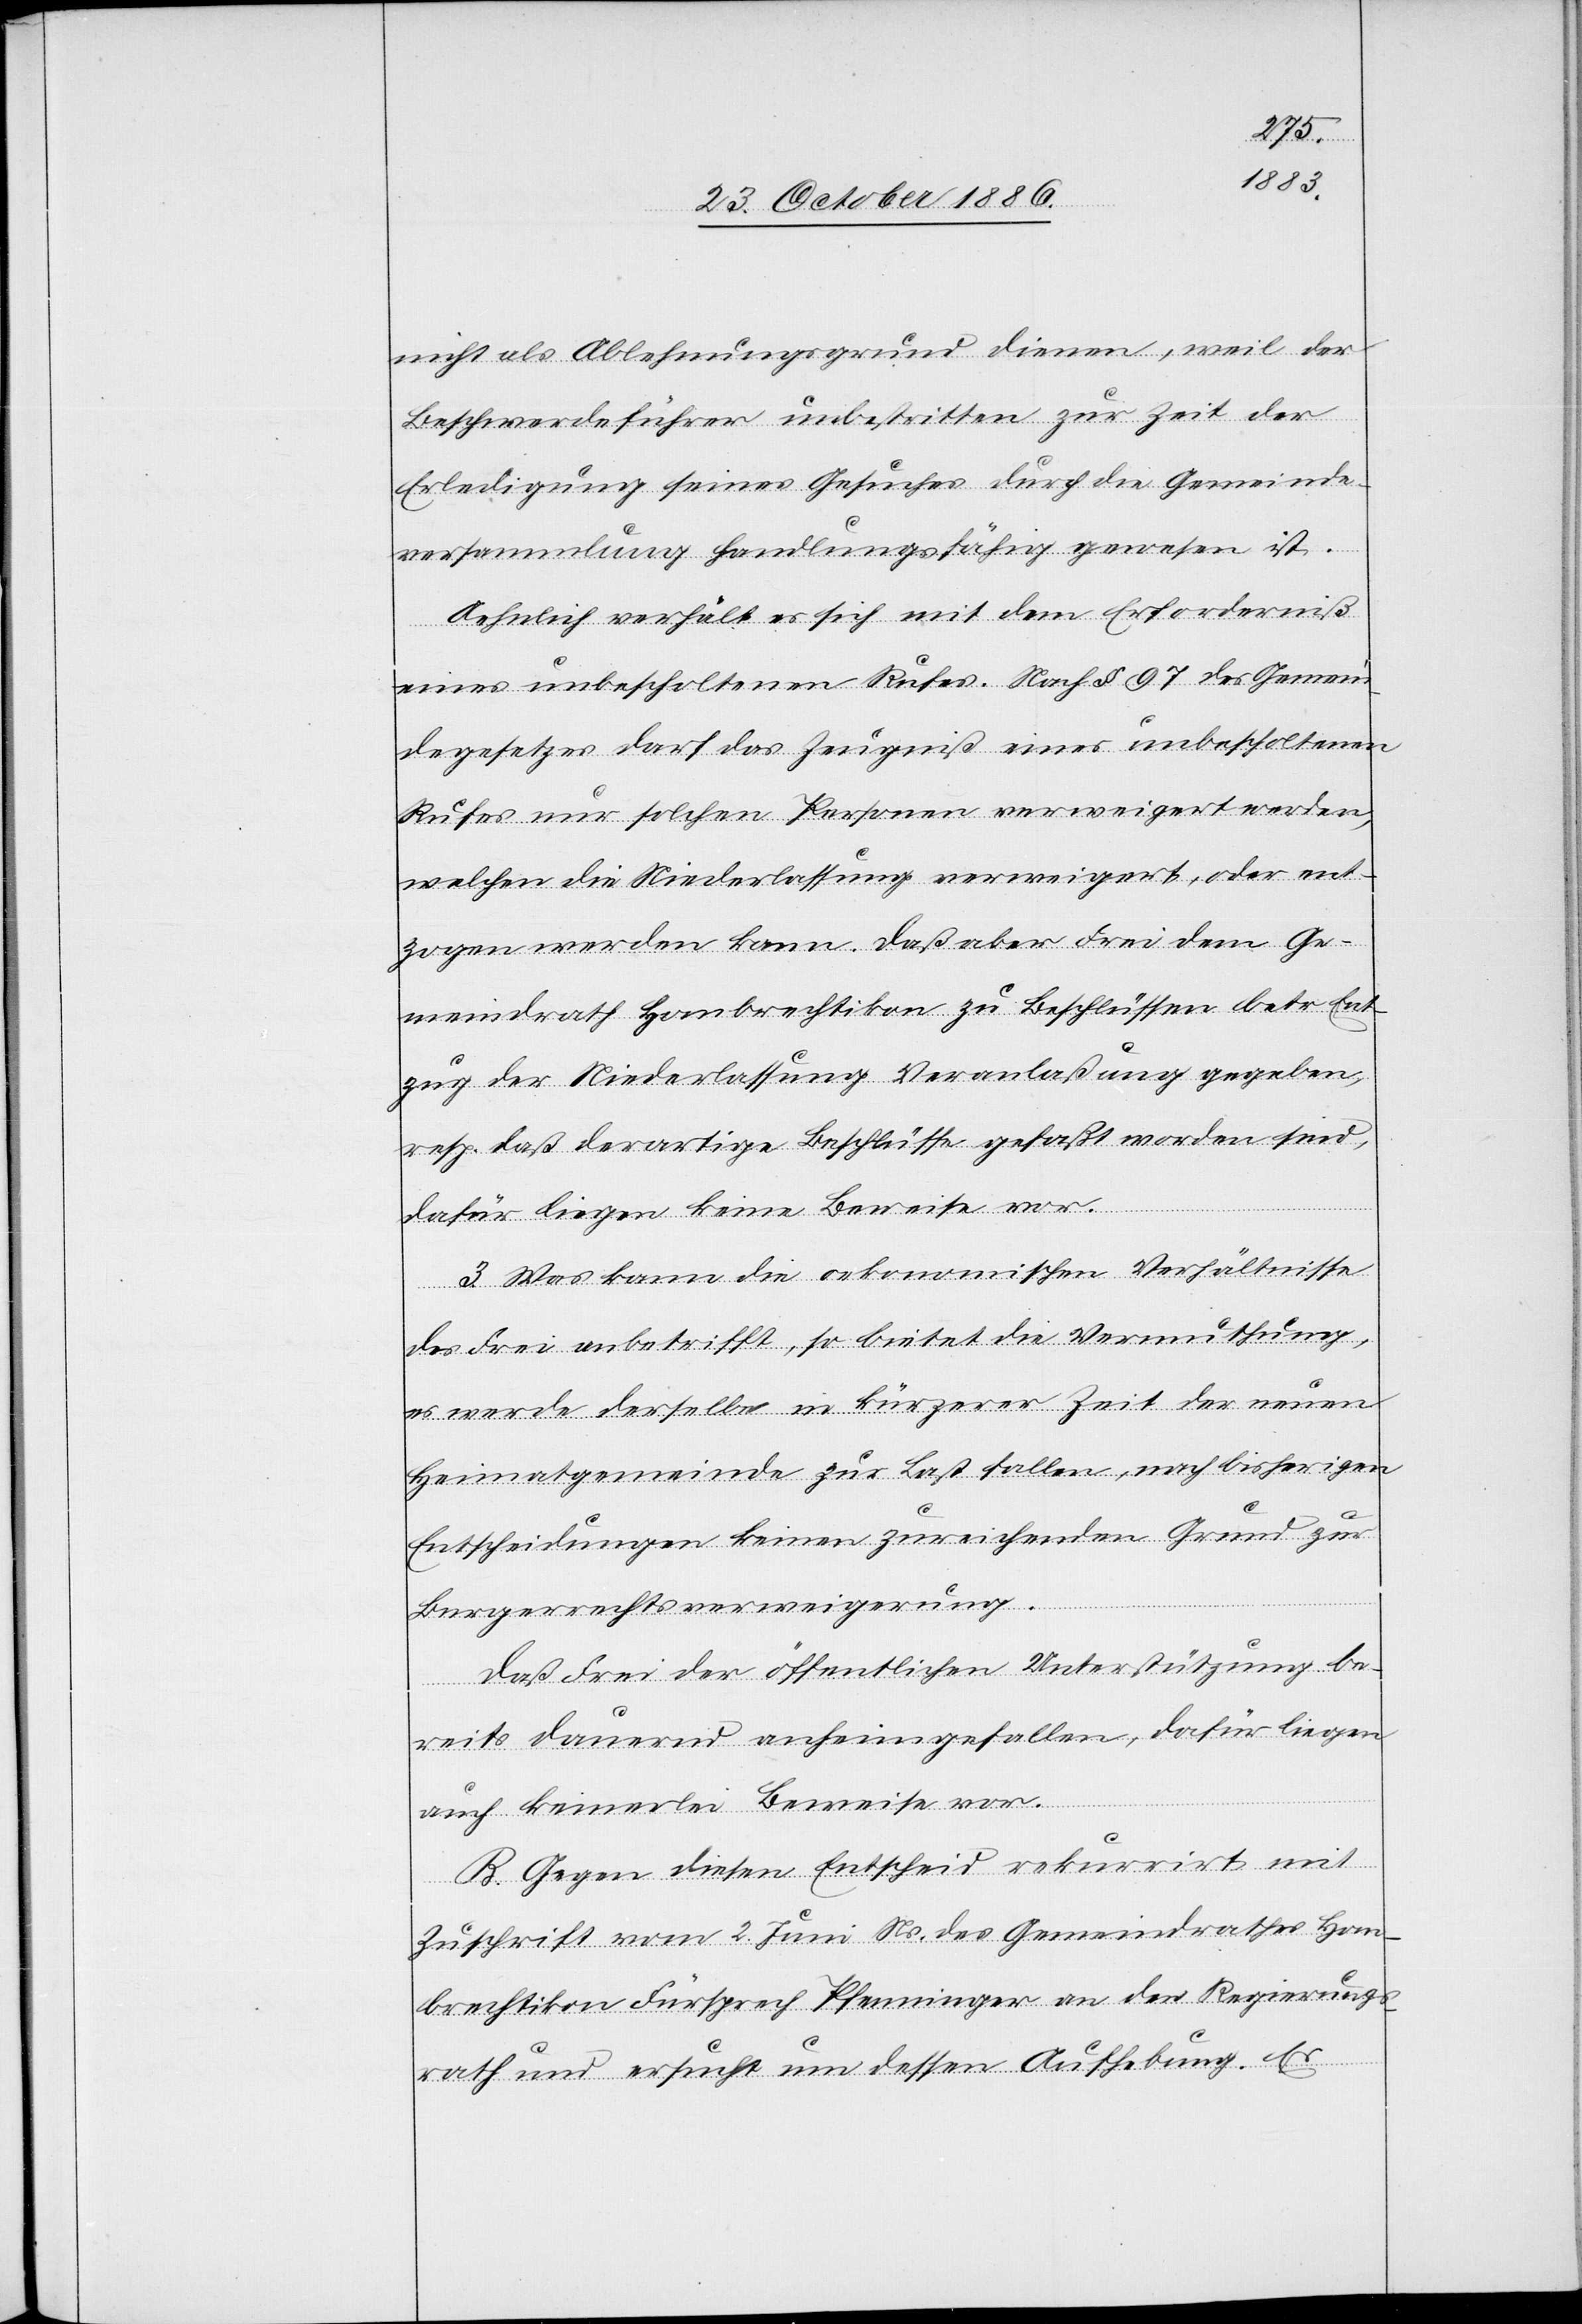
nicht als Ablehnungsgrund dienen, weil der
Beschwerdeführer unbestritten zur Zeit der
Erledigung seines Gesuches durch die Gemeinde¬
versammlung handlungsfähig gewesen ist.
Aehnlich verhält es sich mit dem Erforderniß
eines unbescholtenen Rufes. Nach § 97 des Gemein¬
degesetzes darf das Zeugniß eines unbescholtenen
Rufes nur solchen Personen verweigert werden,
welchen die Niederlassung verweigert, oder ent¬
zogen werden kann. Daß aber Frei dem Ge¬
meindrath Hombrechtikon zu Beschlüssen betr. Ent¬
zug der Niederlassung Veranlaßung gegeben,
resp. daß derartige Beschlüsse gefaßt worden sind,
dafür liegen keine Beweise vor.
3. Was kann [sic!] die oekonomischen Verhältnisse
des Frei anbetrifft, so bietet die Vermuthung,
es werde derselbe in kürzerer Zeit der neuen
Heimatgemeinde zur Last fallen, nach bisherigen
Entscheidungen keinen zureichenden Grund zur
Burgerrechtsverweigerung
Daß Frei der öffentlichen Unterstützung be¬
reits dauernd anheimgefallen, dafür liegen
auch keinerlei Beweise vor.
B. Gegen diesen Entscheid rekurrirt mit
Zuschrift vom 2. Juni Ns. des Gemeindrathes Hom¬
brechtikon Fürsprech Pfenninger an den Regierungs¬
rath und ersucht um dessen Aufhebung. Es